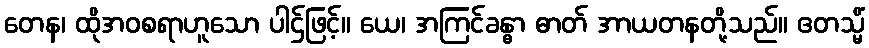
တေန၊ ထိုအဝစရာဟူသော ပါဌ်ဖြင့်။ ယေ၊ အကြင်ခန္ဓာ ဓာတ် အာယတနတို့သည်။ ဧတသ္မိံ